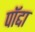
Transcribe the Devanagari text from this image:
पॉद्दा